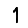
Digit: 1